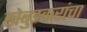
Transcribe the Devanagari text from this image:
खेबुडकरांचा